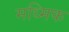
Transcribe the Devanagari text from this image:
मध्मिक